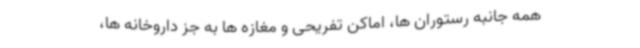
همه جانبه رستوران ها، اماکن تفریحی و مغازه ها به جز داروخانه ها،